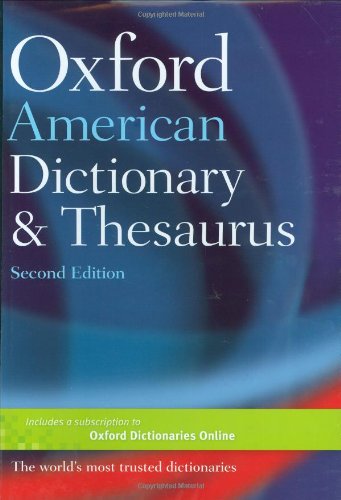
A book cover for Oxford American Dictionary & Thesaurus, 2e; Reference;